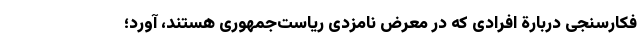
فکارسنجی دربارة افرادی که در معرض نامزدی ریاست‌جمهوری هستند، آورد؛